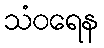
သံဝရေန